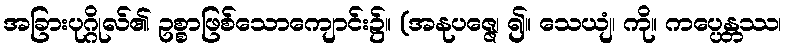
အခြားပုဂ္ဂိုလ်၏ ဥစ္စာဖြစ်သောကျောင်း၌။ (အနုပဇ္ဇေ၊ ၍။ သေယျံ၊ ကို။ ကပ္ပေန္တဿ၊